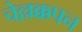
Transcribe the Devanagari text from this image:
चेल्लक्कपन